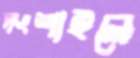
দংশাইলে